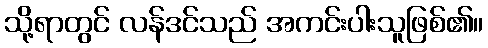
သို့ရာတွင် လန်ဒင်သည် အကင်းပါးသူဖြစ်၏။